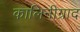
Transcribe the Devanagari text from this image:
कालिनीग्राद